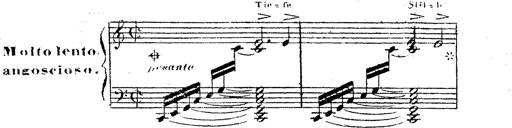
Title: 12 Lieder von Franz Schubert
Composer: Franz Liszt